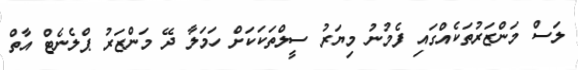
ލަސް މަންޒަރުތަކެއްގައި ފެމުނު މިޔަރު ސީލްތަކަކަށް ހަމަލާ ދޭ މަންޒަރު ޕްލެނެޓް އާތް